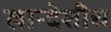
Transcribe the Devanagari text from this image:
खान्देशीच